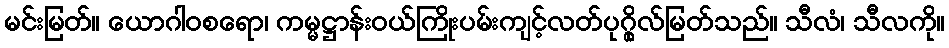
မင်းမြတ်။ ယောဂါဝစရော၊ ကမ္မဋ္ဌာန်းဝယ်ကြိုးပမ်းကျင့်လတ်ပုဂ္ဂိုလ်မြတ်သည်။ သီလံ၊ သီလကို။